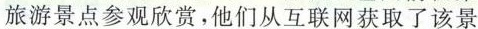
旅游景点参观欣赏，他们从互联网获取了该景